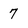
Character: 7